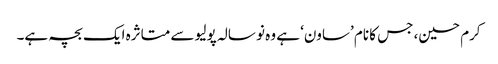
کرم حسین، جس کا نام ’ساون‘ ہے وہ نو سالہ پولیو سے متاثرہ ایک بچہ ہے۔